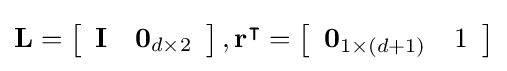
\mathbf {L} =\left[{\begin{array}{ll}\mathbf {I} &\mathbf {0} _{d\times 2}\end{array}}\right],\mathbf {r} ^{\intercal }=\left[{\begin{array}{ll}\mathbf {0} _{1\times (d+1)}&1\end{array}}\right]